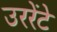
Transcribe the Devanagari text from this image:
उररेंटे